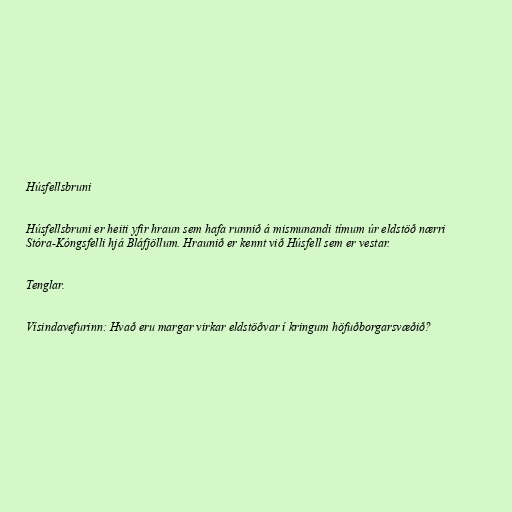
Húsfellsbruni

Húsfellsbruni er heiti yfir hraun sem hafa runnið á mismunandi tímum úr eldstöð nærri
Stóra-Kóngsfelli hjá Bláfjöllum. Hraunið er kennt við Húsfell sem er vestar.

Tenglar.

Vísindavefurinn: Hvað eru margar virkar eldstöðvar í kringum höfuðborgarsvæðið?